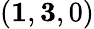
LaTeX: (\mathbf{1},\mathbf{3},0)